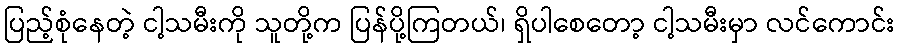
ပြည့်စုံနေတဲ့ ငါ့သမီးကို သူတို့က ပြန်ပို့ကြတယ်၊ ရှိပါစေတော့ ငါ့သမီးမှာ လင်ကောင်း